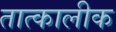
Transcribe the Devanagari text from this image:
तात्‍कालीक